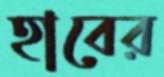
হাবের